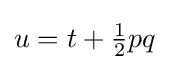
u=t+{\tfrac {1}{2}}pq